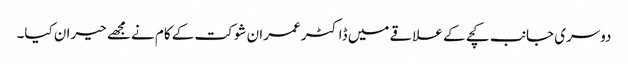
دوسری جانب کچے کے علاقے میں ڈاکٹر عمران شوکت کے کام نے مجھے حیران کیا۔